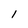
Character: 1